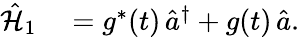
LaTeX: \begin{array}{rl}{\hat{\mathcal{H}}_{1}}&{{}=g^{*}(t)\, \hat{a}^{\dagger}+g(t)\, \hat{a}.}\end{array}